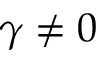
\gamma \neq 0